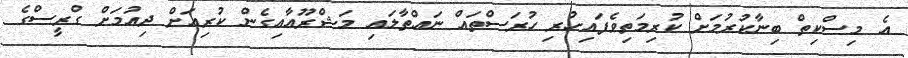
އެ މިސްކިތް ބިނާކުރުމަށް ކުރިމަތިވެފައިހުރި ހުރަސްތައް ނައްތާލައި މަޝްރޫއާއިގެން ކުރިއަށް ދިއުމަށް ގްރީސްގެ